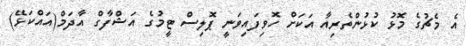
އެ މެޗުގެ މޮޅު ކުޅުންތެރިއާ އަކަށް ހޮވިފައިވަނީ ޕޮލިސް ޓީމުގެ އަޝްފާގް އާދަމް(އައްކަޅޭ)